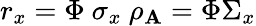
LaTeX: r_{x}=\Phi\ \sigma_{x}\ \rho_{\mathbf{A}}=\Phi\Sigma_{x}